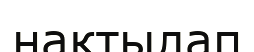
нақтылап